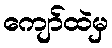
ကျော်ထဲမှ